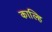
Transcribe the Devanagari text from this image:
काल्हि